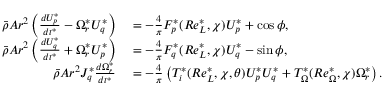
\begin{array} { r l } { \bar { \rho } A r ^ { 2 } \left( \frac { d U _ { p } ^ { * } } { d t ^ { * } } - \Omega _ { r } ^ { * } U _ { q } ^ { * } \right) } & { { } = - \frac { 4 } { \pi } F _ { p } ^ { * } ( R e _ { L } ^ { * } , \chi ) U _ { p } ^ { * } + \cos \phi , } \\ { \bar { \rho } A r ^ { 2 } \left( \frac { d U _ { q } ^ { * } } { d t ^ { * } } + \Omega _ { r } ^ { * } U _ { p } ^ { * } \right) } & { { } = - \frac { 4 } { \pi } F _ { q } ^ { * } ( R e _ { L } ^ { * } , \chi ) U _ { q } ^ { * } - \sin \phi , } \\ { \bar { \rho } A r ^ { 2 } J _ { q } ^ { * } \frac { d \Omega _ { r } ^ { * } } { d t ^ { * } } } & { { } = - \frac { 4 } { \pi } \left( T _ { i } ^ { * } ( R e _ { L } ^ { * } , \chi , \theta ) U _ { p } ^ { * } U _ { q } ^ { * } + T _ { \Omega } ^ { * } ( R e _ { \Omega } ^ { * } , \chi ) \Omega _ { r } ^ { * } \right) . } \end{array}